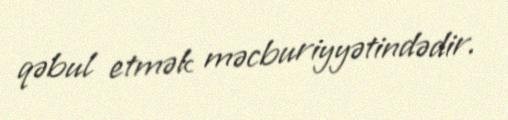
qəbul etmək məcburiyyətindədir.